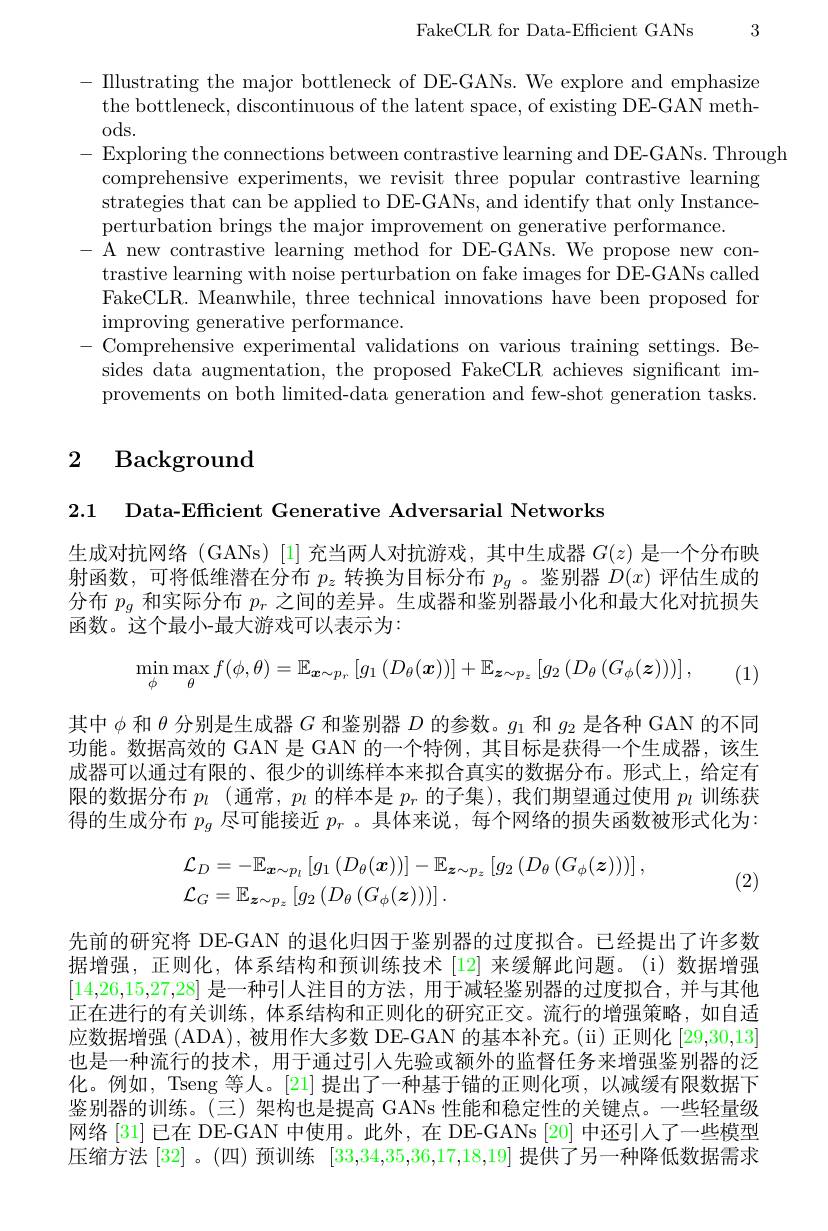
FakeCLR for Data-Effcient GANs 3

- IIlustrating the major bottleneck of DE-GANs. We explore and emphasize the bottleneck, discontinuous of the latent space, of existing DE-GAN methods.
- Exploring the connections between contrastive learning and DE-GANs. Through
comprehensive experiments, we revisit three popular contrastive learning strategies that can be applied to DE-GANs, and identify that only Instanceperturbation brings the major improvement on generative performance.
-A new contrastive learning method for DE-GANs. We propose new con-
trastive learning with noise perturbation on fake images for DE-GANs called FakeCLR. Meanwhile, three technical innovations have been proposed for ${\mathrm{improving~generative~performance.}}$
-Comprehensive experimental validations on various training settings. Besides data augmentation, the proposed FakeCLR achieves significant improvements on both limited-data generation and few-shot generation tasks.

# 2 Background

2.1 Data-Efficient Generative Adversarial Networks

生成对抗网络 (GANs)[1] 充当两人对抗游戏，其中生成器$G(z)$是一个分布映射函数，可将低维潜在分布$p_z$转换为目标分布$p_g$ 。鉴别器$D(x)$评估生成的分布$p_g$和实际分布$p_r$之间的差异。生成器和鉴别器最小化和最大化对抗损失函数。这个最小-最大游戏可以表示为：

其中$\phi$和$\theta$分别是生成器$G$和鉴别器$D$的参数。$g_1$和$g_2$是各种 GAN 的不同功能。数据高效的 GAN 是 GAN 的一个特例，其目标是获得一个生成器，该生成器可以通过有限的、很少的训练样本来拟合真实的数据分布。形式上，给定有限的数据分布$p_l$ (通常，$p_l$的样本是$p_r$的子集),我们期望通过使用$p_l$训练获得的生成分布$p_g$尽可能接近$p_r$ 。具体来说，每个网络的损失函数被形式化为：
$$\min_{\phi}\max_{\theta}f(\phi,\theta)=\mathbb{E}_{\boldsymbol{x}\sim p_{r}}\left[g_{1}\left(D_{\theta}(\boldsymbol{x})\right)\right]+\mathbb{E}_{\boldsymbol{z}\sim p_{z}}\left[g_{2}\left(D_{\theta}\left(G_{\phi}(\boldsymbol{z})\right)\right)\right],$$
$$\begin{aligned}&\mathcal{L}_{D}=-\mathbb{E}_{\boldsymbol{x}\sim p_{l}}\left[g_{1}\left(D_{\theta}(\boldsymbol{x})\right)\right]-\mathbb{E}_{\boldsymbol{z}\sim p_{z}}\left[g_{2}\left(D_{\theta}\left(G_{\phi}(\boldsymbol{z})\right)\right)\right],\\&\mathcal{L}_{G}=\mathbb{E}_{\boldsymbol{z}\sim p_{z}}\left[g_{2}\left(D_{\theta}\left(G_{\phi}(\boldsymbol{z})\right)\right)\right].\end{aligned}$$
(2)
先前的研究将 DE-GAN 的退化归因于鉴别器的过度拟合。已经提出了许多数据增强，正则化，体系结构和预训练技术 [12] 来缓解此问题。(i)数据增强[14,26,15,27,28]是一种引人注目的方法，用于减轻鉴别器的过度拟合，并与其他正在进行的有关训练，体系结构和正则化的研究正交。流行的增强策略，如自适应数据增强 (ADA), 被用作大多数 DE-GAN 的基本补充。(ii) 正则化 [29,30,13] 也是一种流行的技术，用于通过引人先验或额外的监督任务来增强鉴别器的泛化。例如，Tseng 等人。[21] 提出了一种基于锚的正则化项，以减缓有限数据下鉴别器的训练。(三)架构也是提高 GANs 性能和稳定性的关键点。一些轻量级网络[31] 已在 DE-GAN 中使用。此外，在 DE-GANs [20] 中还引人了一些模型压缩方法 [32]。(四)预训练[33,34,35,36,17,18,19]提供了另一种降低数据需求